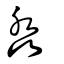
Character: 淼